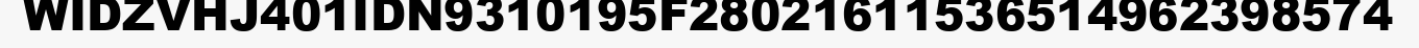
WIDZVHJ401IDN9310195F28021611536514962398574